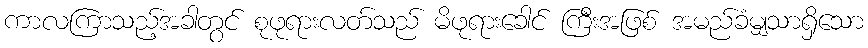
ကာလကြာသည့်အခါတွင် စုဖုရားလတ်သည် မိဖုရားခေါင် ကြီးအဖြစ် အမည်ခံမျှသာရှိသော